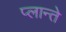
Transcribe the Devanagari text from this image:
प्लान्ते